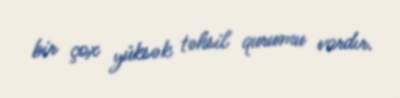
bir çox yüksək təhsil qurumu vardır.